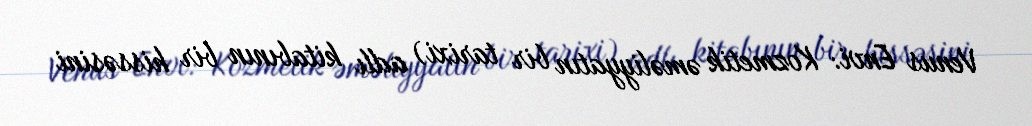
Venus Envi: Kozmetik əməliyyatın bir tarixi) adlı kitabının bir hissəsini